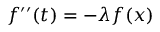
f ^ { \prime \prime } ( t ) = - \lambda f ( x )